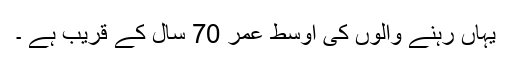
یہاں رہنے والوں کی اوسط عمر 70 سال کے قریب ہے ۔